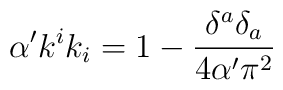
\alpha 'k^{i}k_{i}=1-\frac{\delta ^{a}\delta _{a}}{4\alpha '\pi ^{2}}